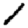
Digit: 1